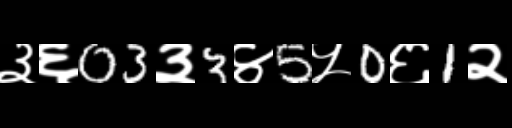
Text: ३६03३3४5५0६1२